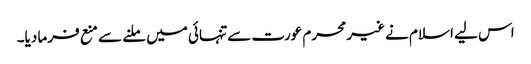
اس لیے اسلام نے غیر محرم عورت سے تنہائی میں ملنے سے منع فرما دیا۔